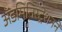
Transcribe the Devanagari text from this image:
ॲडमिनिस्ट्रेशनने